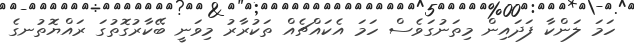
ހަމަ ލަންކާ ފަދައިން މިތަނުގަވެސް ހަމަ އެކައްޗެއް ތަކުރާރު މިވަނީ ބޭކާރުގޮތުގަ ރައްޔޮތުނގެ